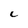
Character: c